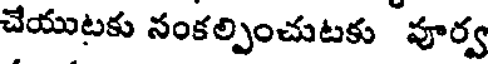
చేయుటకు నంకల్పించుటకు పూర్వ